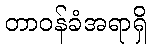
တာဝန်ခံအရာရှိ